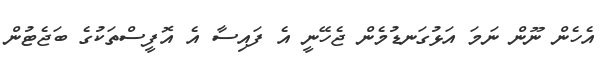
އެހެން ނޫން ނަމަ އަޅުގަނޑުމެން ޖެހޭނީ އެ ފައިސާ އެ އޮފީސްތަކުގެ ބަޖެޓުން